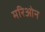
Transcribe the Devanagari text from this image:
मरिओन